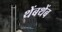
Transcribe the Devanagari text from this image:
थेंबथेंब